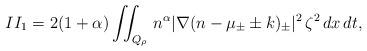
LaTeX: \begin{align*}II_{1} = 2(1+\alpha)\iint_{Q_{\rho}} \, n^{\alpha} |\nabla(n-\mu_{\pm} \pm k)_{\pm}|^2 \, \zeta^2 \,dx\,dt,\end{align*}